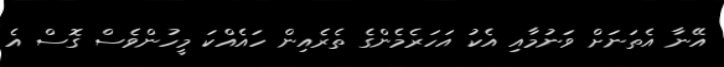
އޭނާ އެތަނަށް ވަނުމާއި އެކު އަހަރެމެންގެ ތެރެއިން ހައެއްކަ މީހުންވެސް ގޮސް އެ